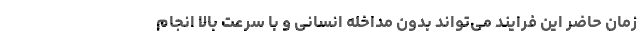
زمان حاضر این فرایند می‌تواند بدون مداخله انسانی و با سرعت بالا انجام